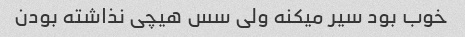
خوب بود سیر میکنه ولی سس هیچی نذاشته بودن